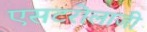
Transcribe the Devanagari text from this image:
एसटरोलाजी